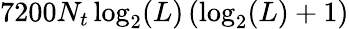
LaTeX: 7200N_{t}\log_{2}(L)\left(\log_{2}(L)+1\right)